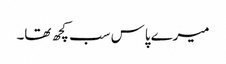
میرے پاس سب کچھ تھا۔